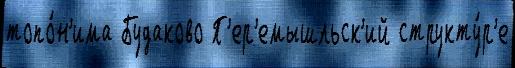
топо́н'има Будаково П'ер'емышльск'ий структу́р'е